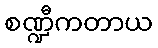
စဏ္ဍီကတာယ